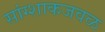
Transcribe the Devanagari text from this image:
सांग्शाकजवळ